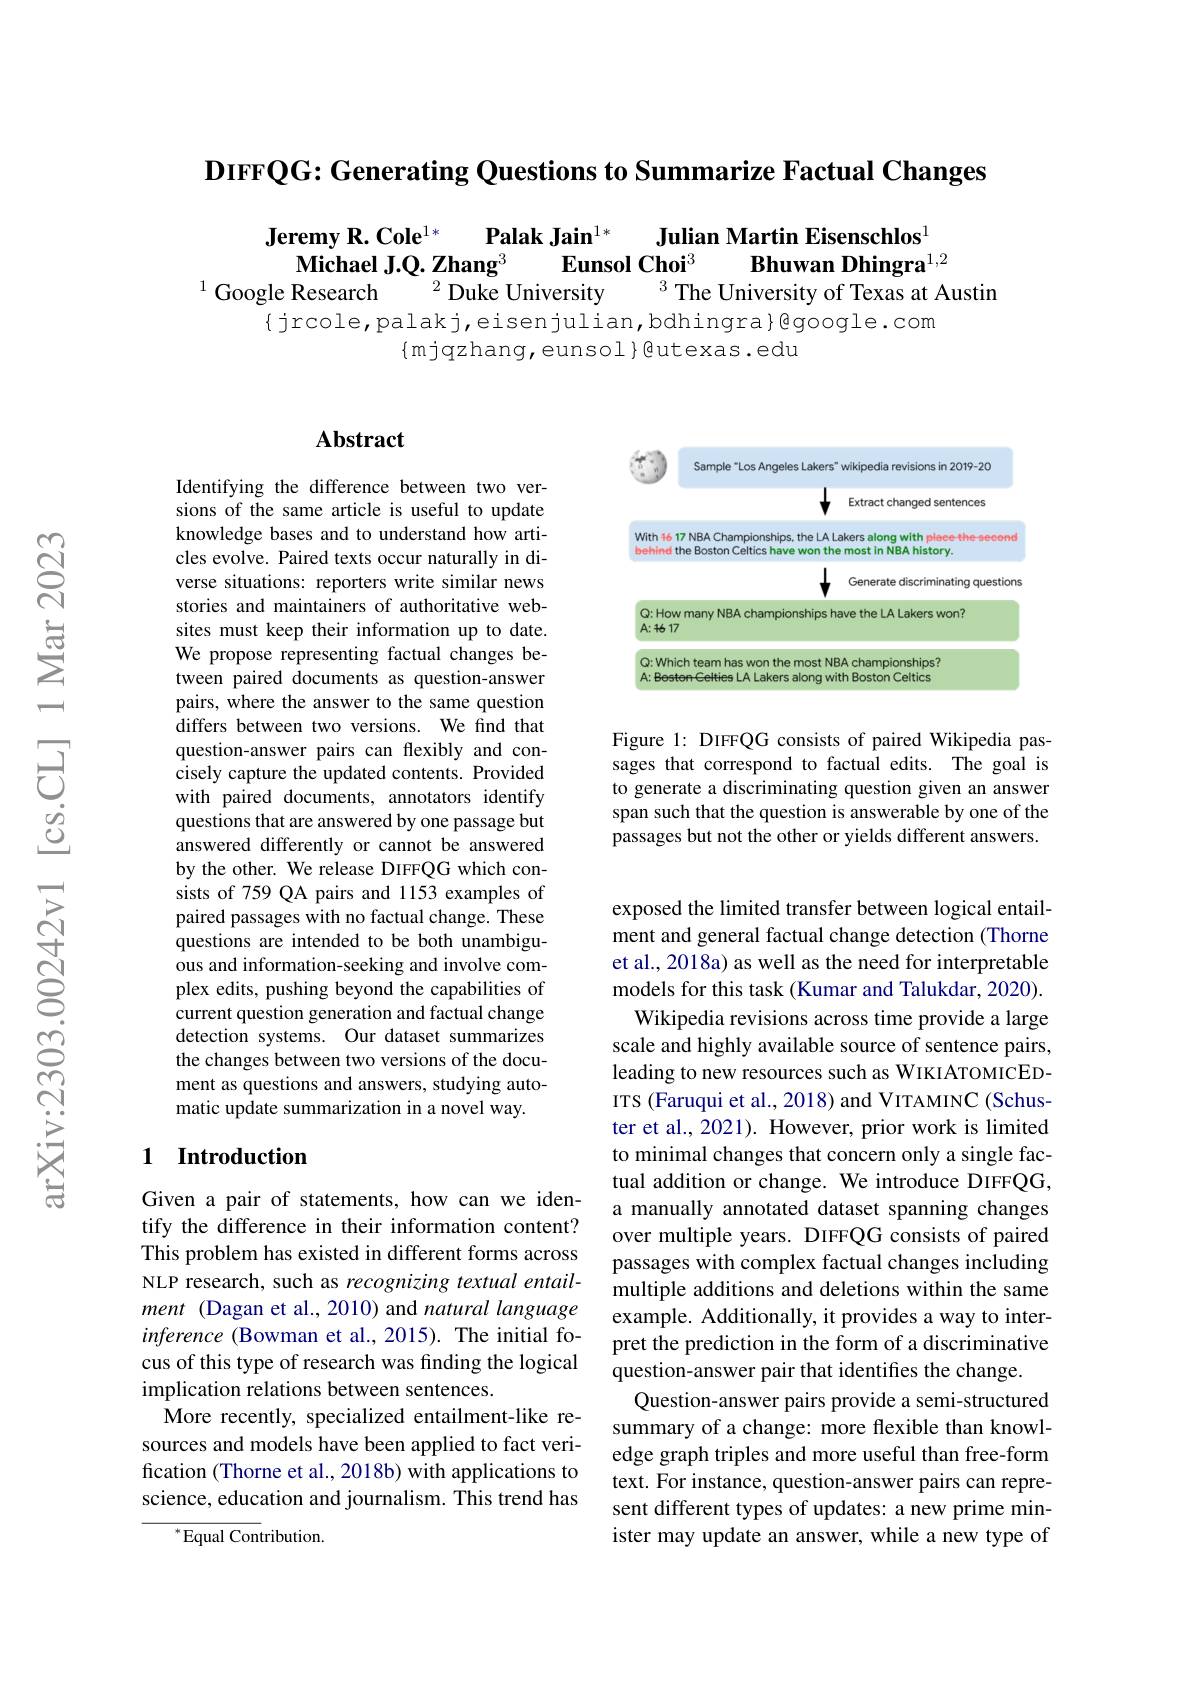
$\textbf{DIFFQG: Generating Questions to Summarize Factual Changes}$

$\begin{array}{c}\textbf{Jeremy R. Cole}^{1*}&\textbf{Palak Jain}^{1*}&\text{Julian Martin Eisenschlos}\\\textbf{Michael J.Q. Zhang}^3&\textbf{Eunsol Choi}^3&\textbf{Bhuwan Dhingra}\\\text{Google Research}&^2\text{Duke University}&^3\text{The University of Texas at}\end{array}$
Bhuwan Dhingra$^{1,2}$
$^{3}$The University of Texas at Austin
$\{$jrcole,palakj,eisenjulian,bdhingra}@google.com
$\{$mjqzhang,eunsol$\}$@utexas.edu

### $\mathbf{Abstract}$

Identifying the difference between two versions of the same article is useful to update knowledge bases and to understand how articles evolve. Paired texts occur naturally in diverse situations: reporters write similar news stories and maintainers of authoritative websites must keep their information up to date. We propose representing factual changes between paired documents as question-answer pairs, where the answer to the same question differs between two versions. We find that question-answer pairs can flexibly and concisely capture the updated contents. Provided with paired documents, annotators identify questions that are answered by one passage but answered differently or cannot be answered by the other. We release DIFFQG which consists of 759 QA pairs and 1153 examples of paired passages with no factual change. These questions are intended to be both unambiguous and information-seeking and involve complex edits, pushing beyond the capabilities of current question generation and factual change detection systems. Our dataset summarizes the changes between two versions of the document as questions and answers, studying automatic update summarization in a novel way.

### 1 $\textbf{Introduction}$

Given a pair of statements, how can we identify the difference in their information content? This problem has existed in different forms across NLP research, such as recognizing textual entailment ( Dagan et al., 2010) and natural language inference (Bowman et al., 2015). The initial focus of this type of research was finding the logical implication relations between sentences.
More recently, specialized entailment-like resources and models have been applied to fact verification (Thorne et al., 2018b) with applications to science, education and journalism. This trend has
$^{*}$Equal Contribution.

<FigureHere>

Figure 1: DIFFQG consists of paired Wikipedia passages that correspond to factual edits. The goal is to generate a discriminating question given an answer span such that the question is answerable by one of the passages but not the other or yields different answers.

exposed the limited transfer between logical entailment and general factual change detection (Thorne et al., 2018a) as well as the need for interpretable models for this task (Kumar and Talukdar, 2020). Wikipedia revisions across time provide a large scale and highly available source of sentence pairs, leading to new resources such as WIKIATOMICEDITS (Faruqui et al., 2018) and VITAMINC (Schuster et al., 2021). However, prior work is limited to minimal changes that concern only a single factual addition or change. We introduce DIFFQG, a manually annotated dataset spanning changes over multiple years. DIFFQG consists of paired passages with complex factual changes including multiple additions and deletions within the same example. Additionally, it provides a way to interpret the prediction in the form of a discriminative question-answer pair that identifies the change.
Question-answer pairs provide a semi-structured summary of a change: more flexible than knowledge graph triples and more useful than free-form text. For instance, question-answer pairs can represent different types of updates: a new prime minister may update an answer, while a new type of